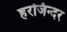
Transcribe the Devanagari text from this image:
हरजिन्दर